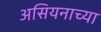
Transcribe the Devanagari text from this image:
असियनाच्या